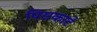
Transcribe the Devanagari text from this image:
पिसकाटे